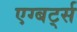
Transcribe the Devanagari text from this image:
एग्बर्ट्स